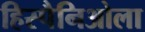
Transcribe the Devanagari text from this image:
हिस्पैनिओला